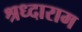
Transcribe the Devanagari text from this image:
श्रध्दाराम